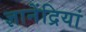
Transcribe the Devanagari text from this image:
ज्ञानेंद्रियां